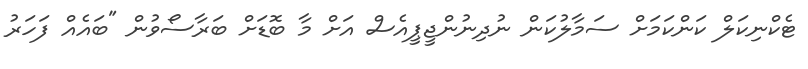
ޓެކްނިކަލް ކަންކަމަށް ސަމާލުކަން ނުދިނުންޖީޕީއެސް އަށް މާ ބޮޑަށް ބަރާސޯވުން "ބައެއް ފަހަރު